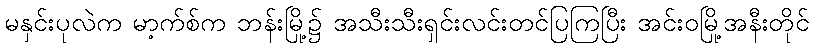
မနှင်းပုလဲက မာ့က်စ်က ဘန်းမြို့၌ အသီးသီးရှင်းလင်းတင်ပြကြပြီး အင်းဝမြို့အနီးတိုင်